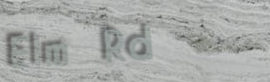
Elm Rd